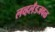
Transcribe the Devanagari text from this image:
लव्हलँडजवळ